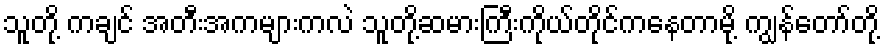
သူတို့ ကချင် အတီးအကများကလဲ သူတို့ဆမားကြီးကိုယ်တိုင်ကနေတာမို့ ကျွန်တော်တို့